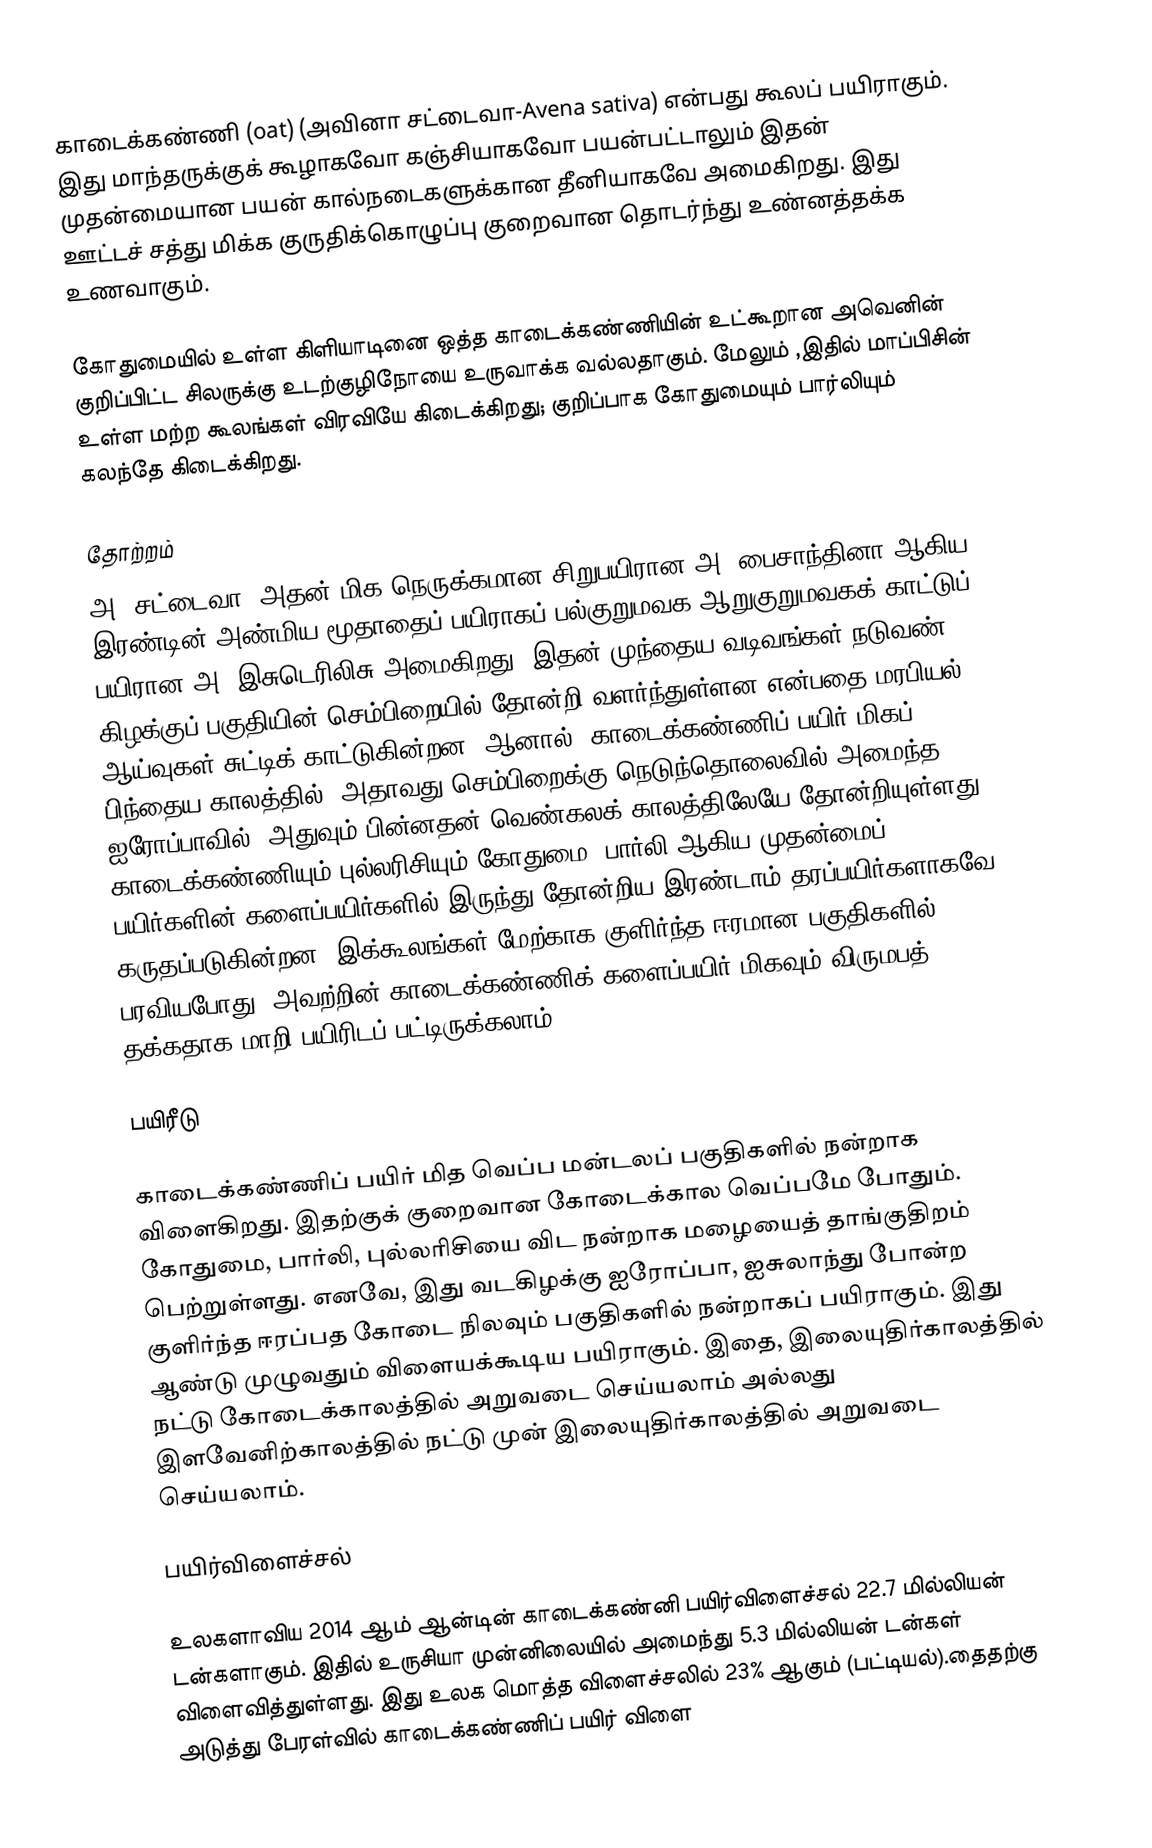
காடைக்கண்ணி (oat)  (அவினா சட்டைவா-Avena sativa) என்பது கூலப் பயிராகும். இது மாந்தருக்குக் கூழாகவோ கஞ்சியாகவோ பயன்பட்டாலும் இதன் முதன்மையான பயன் கால்நடைகளுக்கான தீனியாகவே அமைகிறது. இது ஊட்டச் சத்து மிக்க குருதிக்கொழுப்பு குறைவான தொடர்ந்து உண்னத்தக்க உணவாகும்.

கோதுமையில் உள்ள கிளியாடினை ஒத்த காடைக்கண்ணியின் உட்கூறான அவெனின் குறிப்பிட்ட சிலருக்கு உடற்குழிநோயை உருவாக்க வல்லதாகும். மேலும் ,இதில் மாப்பிசின் உள்ள மற்ற கூலங்கள் விரவியே கிடைக்கிறது; குறிப்பாக கோதுமையும் பார்லியும் கலந்தே கிடைக்கிறது.

தோற்றம்
அ. சட்டைவா,  அதன் மிக நெருக்கமான சிறுபயிரான அ. பைசாந்தினா ஆகிய இரண்டின் அண்மிய மூதாதைப் பயிராகப் பல்குறுமவக/ஆறுகுறுமவகக் காட்டுப் பயிரான அ. இசுடெரிலிசு அமைகிறது. இதன் முந்தைய வடிவங்கள் நடுவண் கிழக்குப் பகுதியின் செம்பிறையில் தோன்றி வளர்ந்துள்ளன என்பதை மரபியல் ஆய்வுகள் சுட்டிக் காட்டுகின்றன. ஆனால், காடைக்கண்ணிப் பயிர் மிகப் பிந்தைய காலத்தில், அதாவது செம்பிறைக்கு நெடுந்தொலைவில் அமைந்த ஐரோப்பாவில், அதுவும் பின்னதன் வெண்கலக் காலத்திலேயே தோன்றியுள்ளது. காடைக்கண்ணியும் புல்லரிசியும் கோதுமை, பார்லி ஆகிய முதன்மைப் பயிர்களின் களைப்பயிர்களில் இருந்து தோன்றிய இரண்டாம் தரப்பயிர்களாகவே கருதப்படுகின்றன. இக்கூலங்கள் மேற்காக குளிர்ந்த ஈரமான பகுதிகளில் பரவியபோது, அவற்றின் காடைக்கண்ணிக் களைப்பயிர் மிகவும் விருமபத் தக்கதாக மாறி பயிரிடப் பட்டிருக்கலாம்.

பயிரீடு

காடைக்கண்ணிப் பயிர் மித வெப்ப மன்டலப் பகுதிகளில் நன்றாக விளைகிறது. இதற்குக் குறைவான கோடைக்கால வெப்பமே போதும். கோதுமை, பார்லி, புல்லரிசியை விட நன்றாக மழையைத் தாங்குதிறம் பெற்றுள்ளது. எனவே, இது வடகிழக்கு ஐரோப்பா, ஐசுலாந்து போன்ற குளிர்ந்த ஈரப்பத கோடை நிலவும் பகுதிகளில் நன்றாகப் பயிராகும். இது ஆண்டு முழுவதும் விளையக்கூடிய பயிராகும். இதை, இலையுதிர்காலத்தில் நட்டு கோடைக்காலத்தில் அறுவடை செய்யலாம் அல்லது இளவேனிற்காலத்தில் நட்டு முன் இலையுதிர்காலத்தில் அறுவடை செய்யலாம்.

பயிர்விளைச்சல்

உலகளாவிய 2014 ஆம் ஆன்டின் காடைக்கண்னி பயிர்விளைச்சல் 22.7 மில்லியன் டன்களாகும். இதில் உருசியா முன்னிலையில் அமைந்து 5.3 மில்லியன் டன்கள் விளைவித்துள்ளது. இது உலக மொத்த விளைச்சலில் 23%  ஆகும் (பட்டியல்).தைதற்கு அடுத்து பேரள்வில் காடைக்கண்ணிப் பயிர் விளை